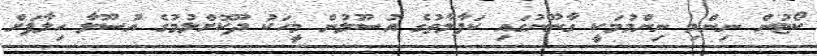
ކޯޓުން ނިންމި ނިންމުމަކީ ގާނޫނުގައި ކަފާލާތުގެ އުސޫލުން މީހަކު ދޫކޮށްލުމުގެ އުސޫލާ ހިލާފަށް